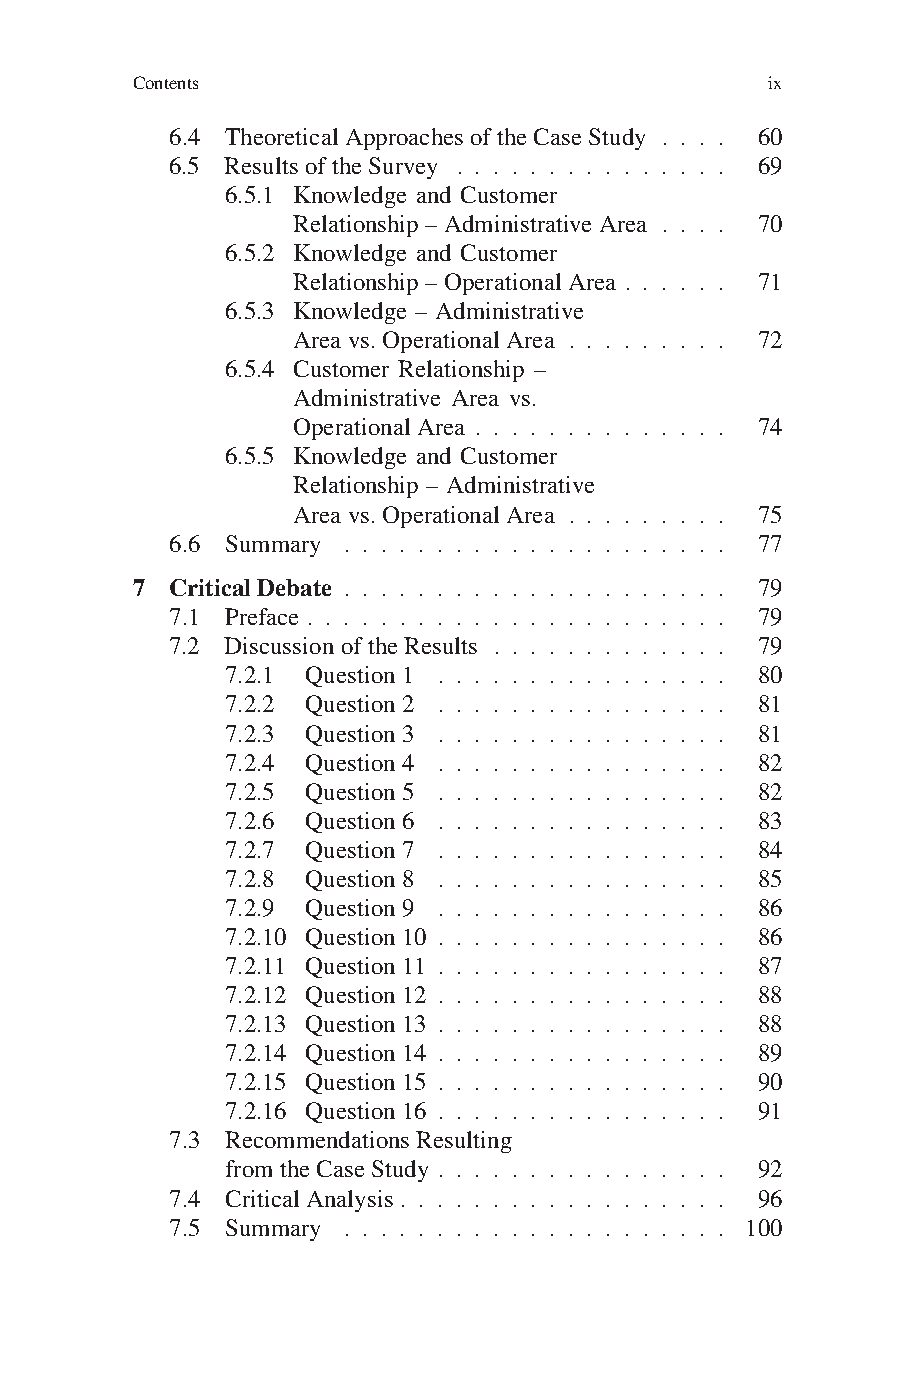
Contents                                  ix
 6.4 TheoreticalApproachesoftheCaseStudy . . . . 60
 6.5 ResultsoftheSurvey . . . . . . . . . . . . . . . 69
 6.5.1 Knowledge and Customer
 Relationship–Administrative Area . . . . 70
 6.5.2 Knowledge and Customer
 Relationship–OperationalArea . . . . . . 71
 6.5.3 Knowledge – Administrative
 Areavs.OperationalArea . . . . . . . . . 72
 6.5.4 Customer Relationship –
 Administrative Area vs.
 OperationalArea . . . . . . . . . . . . . . 74
 6.5.5 Knowledge and Customer
 Relationship – Administrative
 Areavs.OperationalArea . . . . . . . . . 75
 6.6 Summary . . . . . . . . . . . . . . . . . . . . . 77
 7 CriticalDebate . . . . . . . . . . . . . . . . . . . . . 79
 7.1 Preface . . . . . . . . . . . . . . . . . . . . . . . 79
 7.2 DiscussionoftheResults . . . . . . . . . . . . . 79
 7.2.1 Question1 . . . . . . . . . . . . . . . . 80
 7.2.2 Question2 . . . . . . . . . . . . . . . . 81
 7.2.3 Question3 . . . . . . . . . . . . . . . . 81
 7.2.4 Question4 . . . . . . . . . . . . . . . . 82
 7.2.5 Question5 . . . . . . . . . . . . . . . . 82
 7.2.6 Question6 . . . . . . . . . . . . . . . . 83
 7.2.7 Question7 . . . . . . . . . . . . . . . . 84
 7.2.8 Question8 . . . . . . . . . . . . . . . . 85
 7.2.9 Question9 . . . . . . . . . . . . . . . . 86
 7.2.10 Question10 . . . . . . . . . . . . . . . . 86
 7.2.11 Question11 . . . . . . . . . . . . . . . . 87
 7.2.12 Question12 . . . . . . . . . . . . . . . . 88
 7.2.13 Question13 . . . . . . . . . . . . . . . . 88
 7.2.14 Question14 . . . . . . . . . . . . . . . . 89
 7.2.15 Question15 . . . . . . . . . . . . . . . . 90
 7.2.16 Question16 . . . . . . . . . . . . . . . . 91
 7.3 RecommendationsResulting
 fromtheCaseStudy . . . . . . . . . . . . . . . . 92
 7.4 CriticalAnalysis . . . . . . . . . . . . . . . . . . 96
 7.5 Summary . . . . . . . . . . . . . . . . . . . . . 100